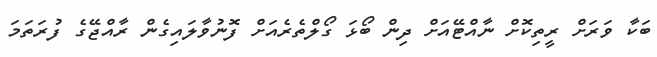
ބަކާ ވަރަށް ރީތިކޮށް ނާއްޓޭއަށް ދިން ބޯޅަ ގޯލްތެރެއަށް ފޮނުވާލައިގެން ރާއްޖޭގެ ފުރަތަމަ